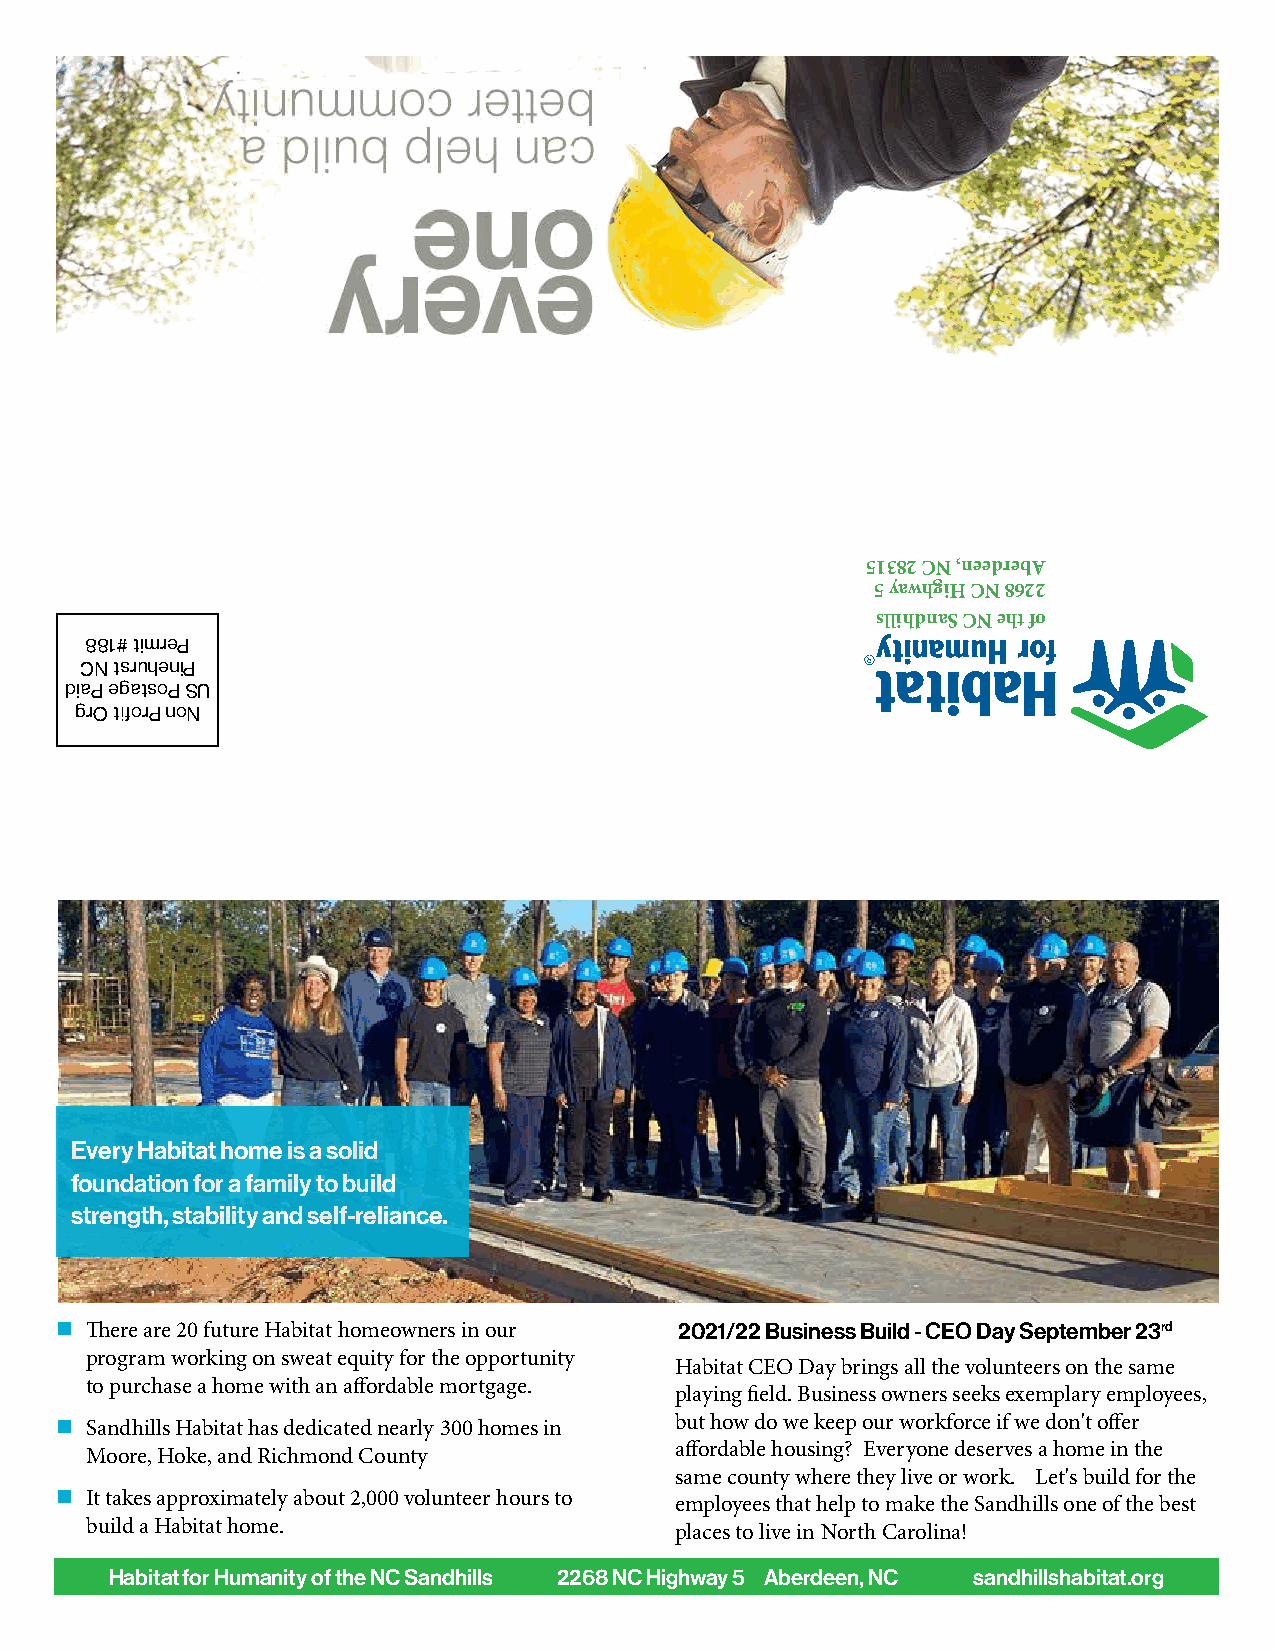
51382 CN ,needrebA
 5 yawhgiH CN 8622
 sllihdnaS CN eht fo
 881# timreP
 CN tsruheniP
 diaP egatsoP SU
 grO tfiorP noN
 Every Habitat home is a solid
 foundation for a family to build
 strength, stability and self-reliance.
  There are 20 future Habitat homeowners in our 2021/22 Business Build - CEO Day September 23rd
 program working on sweat equity for the opportunity
 Habitat CEO Day brings all the volunteers on the same
 to purchase a home with an affordable mortgage.
 playing field. Business owners seeks exemplary employees,
  Sandhills Habitat has dedicated nearly 300 homes in but how do we keep our workforce if we don't offer
 affordable housing? Everyone deserves a home in the
 Moore, Hoke, and Richmond County
 same county where they live or work. Let's build for the
  It takes approximately about 2,000 volunteer hours to employees that help to make the Sandhills one of the best
 build a Habitat home.                  places to live in North Carolina!
 Habitat for Humanity of the NC Sandhills 2268 NC Highway 5 Aberdeen, NC sandhillshabitat.org